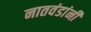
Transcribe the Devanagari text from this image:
नातवंडांनी